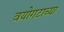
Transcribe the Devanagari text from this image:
वयोगटाच्या